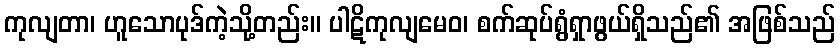
ကုလျတာ၊ ဟူသောပုဒ်ကဲ့သို့တည်း။ ပါဋိကုလျမေဝ၊ စက်ဆုပ်ရွံရှာဖွယ်ရှိသည်၏ အဖြစ်သည်